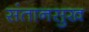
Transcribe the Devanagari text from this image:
संतानसुख